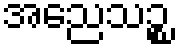
အညေသဉ္စ